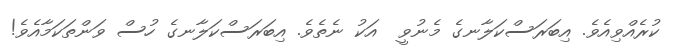
ކުރެއްވިއެވެ. އިބަރަސްކަލާނގެ މެނުވީ  އަކު ނެތެވެ. އިބަރަސްކަލާނގެ ހުސް ވަންތަކަމާއެވެ!